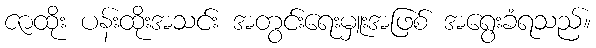
ဇာထိုး ပန်းထိုးအသင်း အတွင်းရေးမှူးအဖြစ် အရွေးခံရသည်။